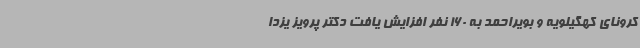
کرونای کهگیلویه و بویراحمد به 160 نفر افزایش یافت دکتر پرویز یزدا